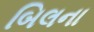
બિલના